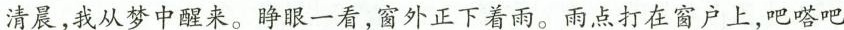
清晨，我从梦中醒来。睁眼一看，窗外正下着雨。雨点打在窗户上，吧嗒吧